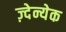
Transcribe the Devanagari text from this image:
ज़्देन्येक